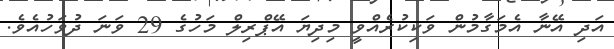
އަދި އޭނާ އެމަގާމުން ވަކިކުރެއްވީ މިދިޔަ އޭޕްރިލް މަހުގެ 29 ވަނަ ދުވަހުއެވެ.